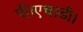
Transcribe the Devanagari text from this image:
पी।एच।डी।